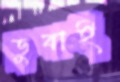
ডুবাই